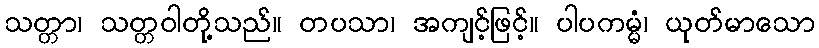
သတ္တာ၊ သတ္တဝါတို့သည်။ တပသာ၊ အကျင့်ဖြင့်။ ပါပကမ္မံ၊ ယုတ်မာသော